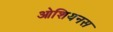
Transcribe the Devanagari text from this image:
ओशियनस